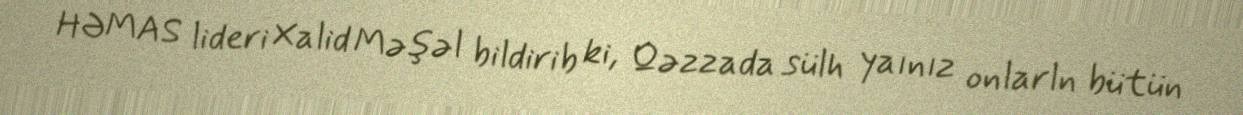
HƏMAS lideri Xalid Məşəl bildirib ki, Qəzzada sülh yaınız onlarln bütün